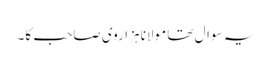
یہ سوال تھا مولانا ہزاروی صاحب کا۔